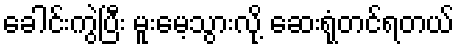
ခေါင်းကွဲပြီး မူးမေ့သွားလို့ ဆေးရုံတင်ရတယ်